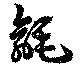
毹